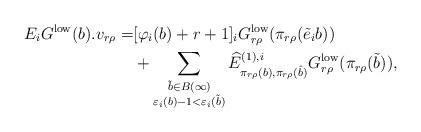
LaTeX: \begin{align*}E_iG^{\mathrm{low}}(b).v_{r\rho}=&[ \varphi_i(b)+r+1]_iG_{r\rho}^{\mathrm{low}}(\pi_{r\rho}(\tilde{e}_ib))\\&+\sum_{\substack{\tilde{b}\in B(\infty)\\ \varepsilon_i(b)-1<\varepsilon_i(\tilde{b})}}\widehat{E}_{\pi_{r\rho}(b), \pi_{r\rho}(\hat{b})}^{(1), i}G_{r\rho}^{\mathrm{low}}(\pi_{r\rho}(\tilde{b})),\end{align*}